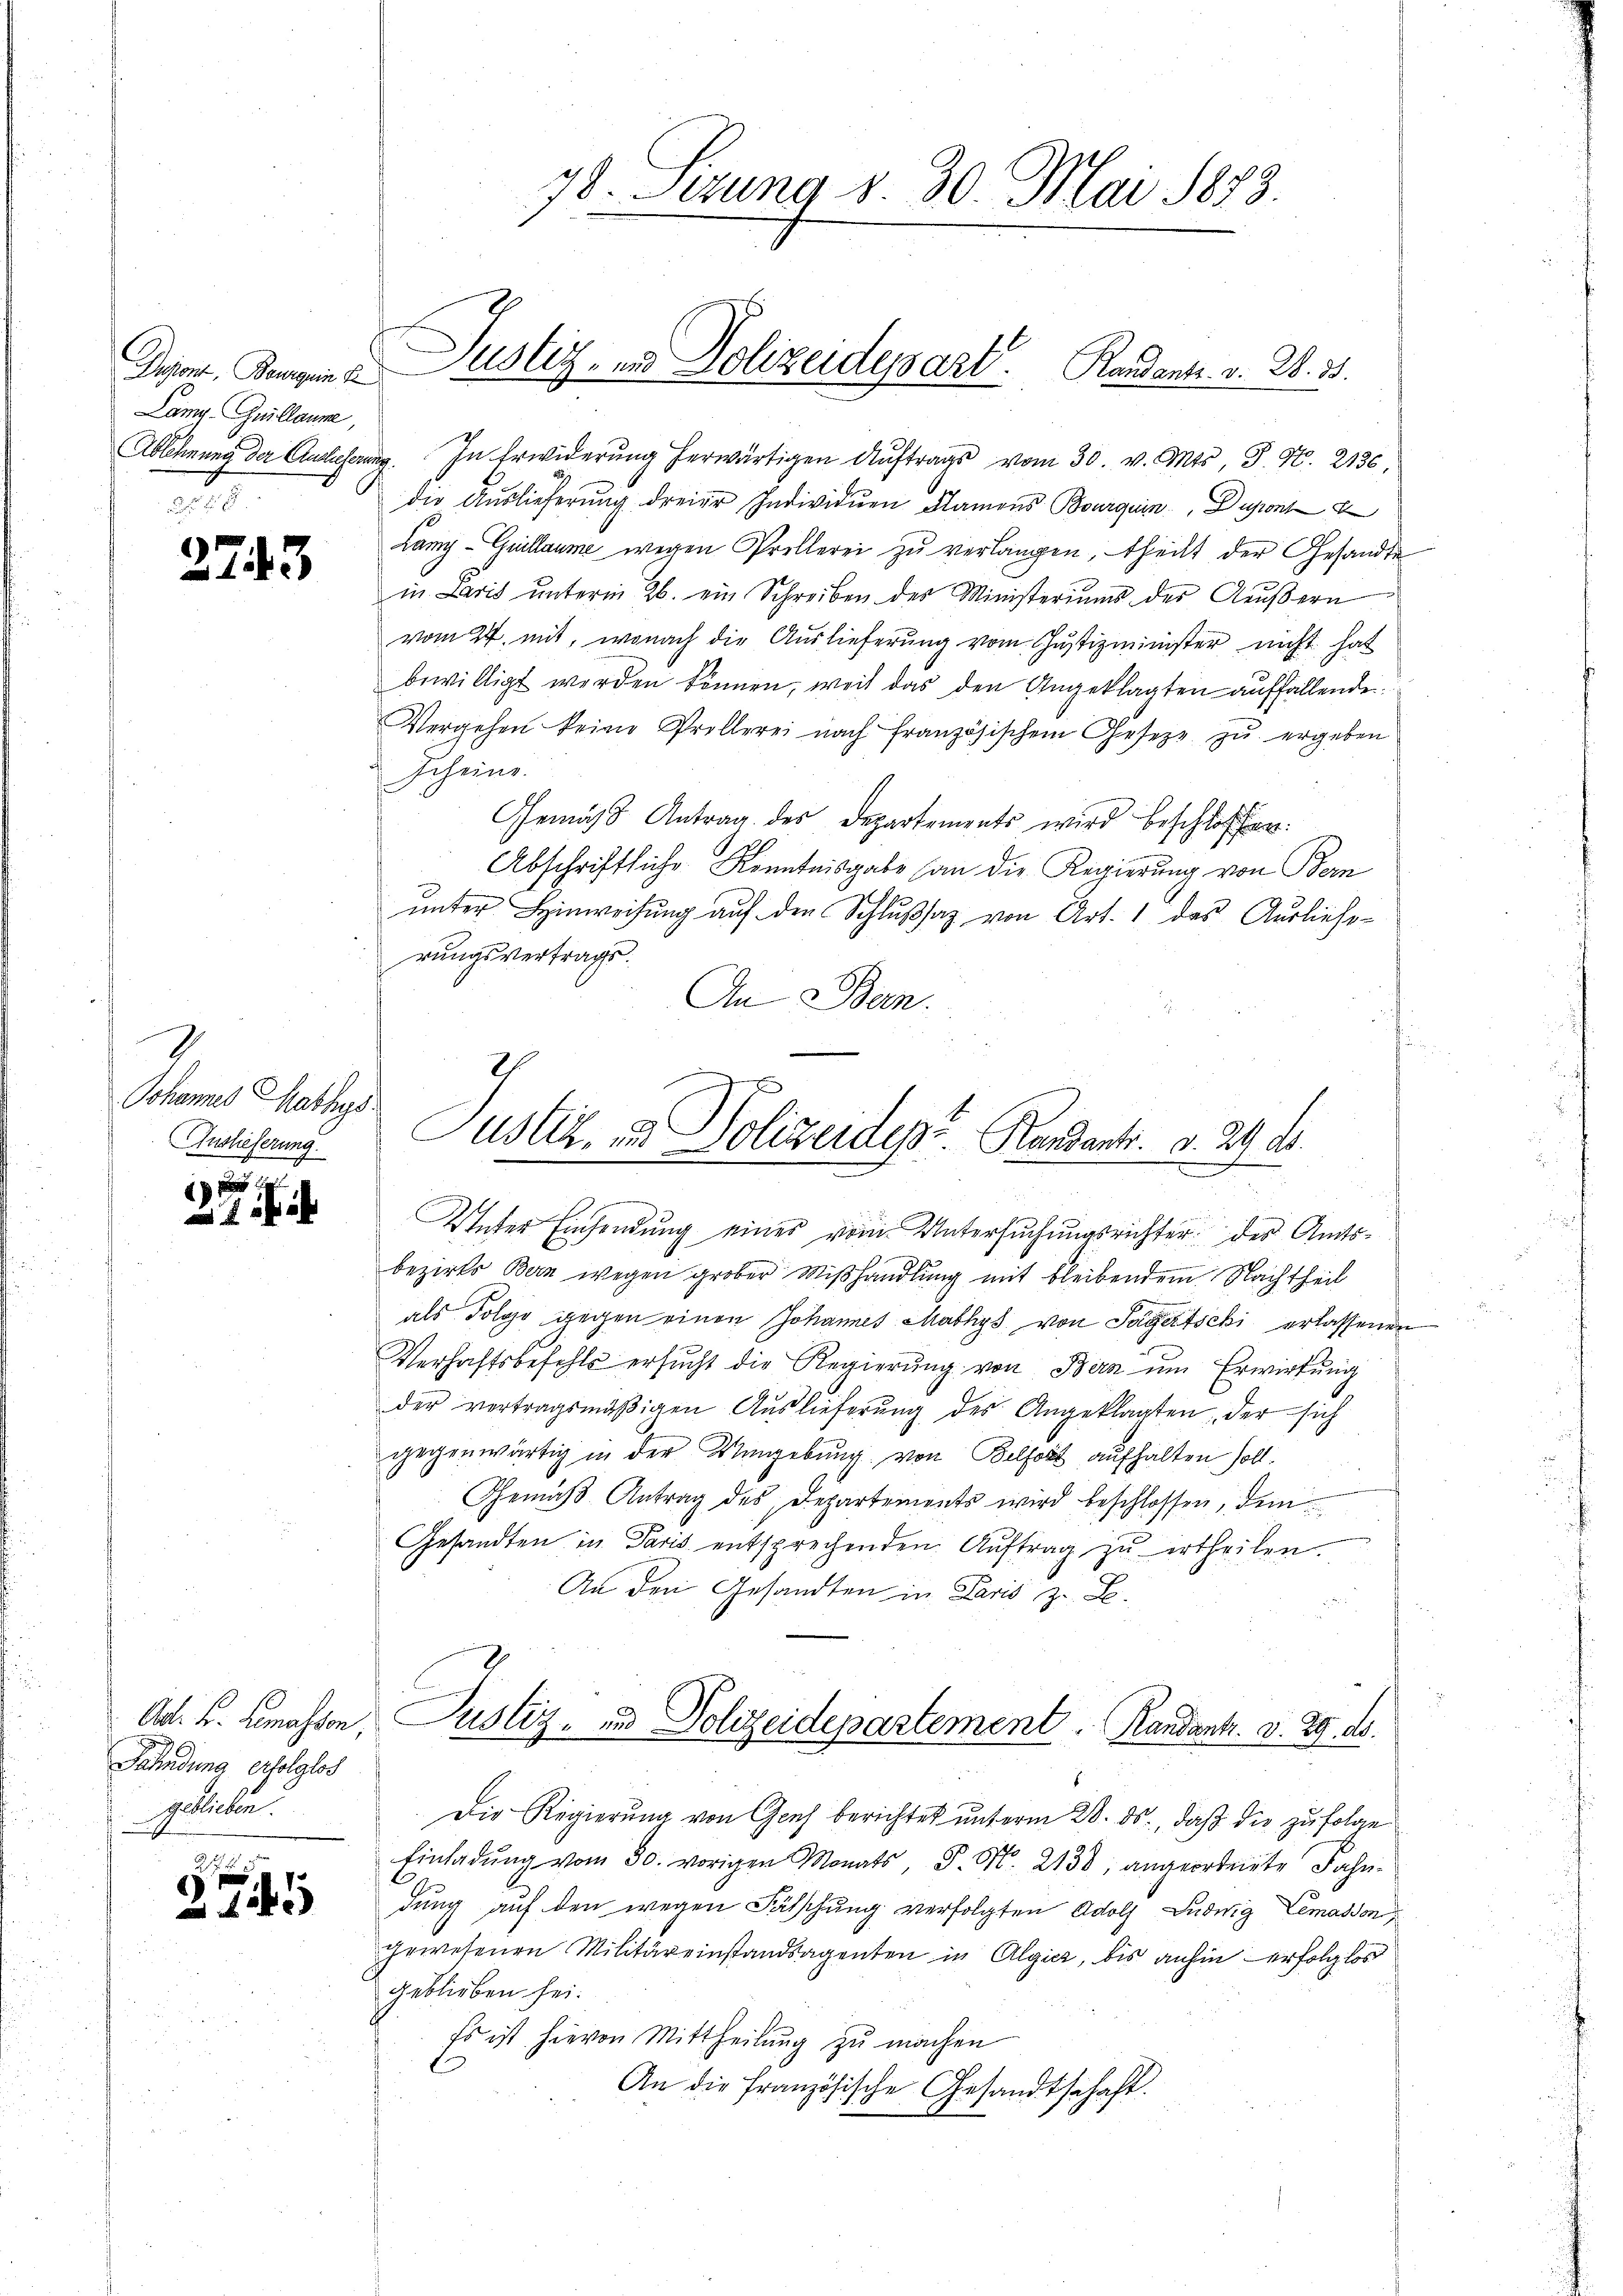
Dapont, Bourgen d
Lamy. Guillaume,
 x

10 x

743

Johannes Mathys
Auslieferung.

¬

Fahndung erfolglos
gelieben.

z
445

Justiz- und Polizeidepart. Randants. v. 2. 35.

78. Jezung d. 30. Mai 1873.

Ablehnung der Auslieferung. In Erwiderung herwärtigen Auftrags vom 30. v. Mts. S. Nr. 2136.
die Auslieferung dreier Individuen Flamens Bourquin Dupont
Lamy - Guillaume wegen Prellerei zu verlangen, theilt der Gesandte
in Laris unterm 26. ein Schreiben des Ministeriums des Äußern
vom 24. mit, wonach die Auslieferung vom Justizminister nicht hat
bewilligt werden können, weil das den Angeklagten auffallende
Vergehen keine Prellerei nach französischem Gesetzt zŭ ergeben
Scheine.
Gemäss Antrag des Departements wird beschlossen:
Abschriftliche Kenntnisgabe (an die Regierung von Bern
ŭnter Hinweisung auf den Schlußsatz von Art. 1 des Auslieferungsvertrags.
An Bern.
bezirks Bern wegen grober Miβhandlung mit bleibendem Nachtheil
als Tolojo gegen einen Johannes Mathys von Sagerschi erlassenen
Verhaftsbefehls ersŭcht die Regierŭng von Bern um Erwirkung
der vertragsmäβigen Aŭslieferŭng des Angeklagten, der sich
gegenwärtig in der Umgebung von Belfort aufhalten soll.
Gemäβ Antrag des Departements wird beschlossen, dem
Gesandten in Paris entsprechenden Aŭftrag zŭ ertheilen.
An den Gesandten in Paris z. B.
Ad. K. Lemassen, Justiz- und Polizeidepartement. Randant. v. 29. ds.
Die Regierŭng von Genf berichtet ŭnterm 28. ds., daβ die zŭfolge
Einladŭng vom 30. vorigen Monats, P. M. 2138 angeordnete Fahndung auf den wegen Fälschung verfolgten Adolf Ludwig Lemassen
gewesenen Militäreinstandsagenten in Algier, bis anhin erfolglos
geblieben sei.
Es ist hievon Mittheilung zu machen
An die französische Gesandtschaft.

2
usl. in Polizeides Randartr. v. 29. ds.
Unter Einsendung eines vom Untersuchungsrichter des Amts¬